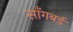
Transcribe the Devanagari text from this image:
साँगबर्ड